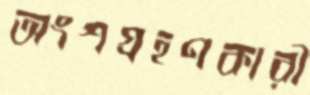
অংশগ্রহণকারী